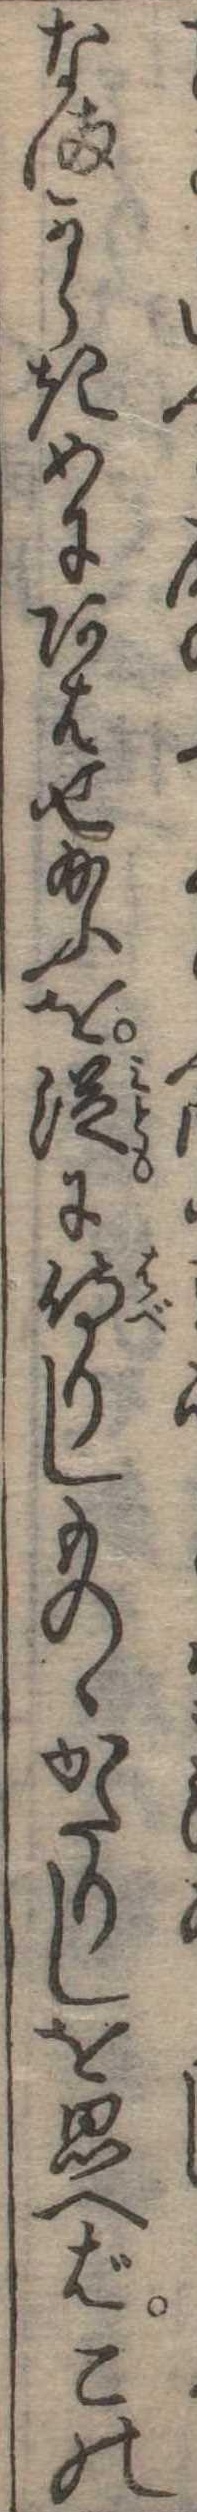
なまからきめにあはせ給ふを従に侍りしものゝかたりしを思へばこの